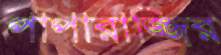
পাপারাজ্জির